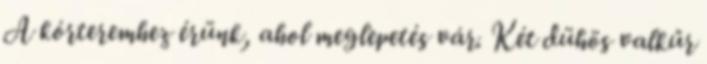
A kórteremhez érünk, ahol meglepetés vár. Két dühös valkűr